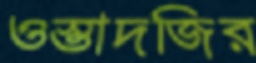
ওস্তাদজির